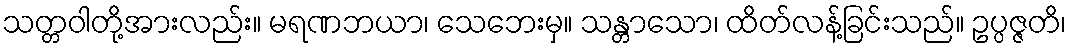
သတ္တဝါတို့အားလည်း။ မရဏဘယာ၊ သေဘေးမှ။ သန္တာသော၊ ထိတ်လန့်ခြင်းသည်။ ဥပ္ပဇ္ဇတိ၊